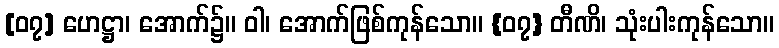
[၀၇] ဟေဋ္ဌာ၊ အောက်၌။ ဝါ၊ အောက်ဖြစ်ကုန်သော။ {၀၇} တီဏိ၊ သုံးပါးကုန်သော။